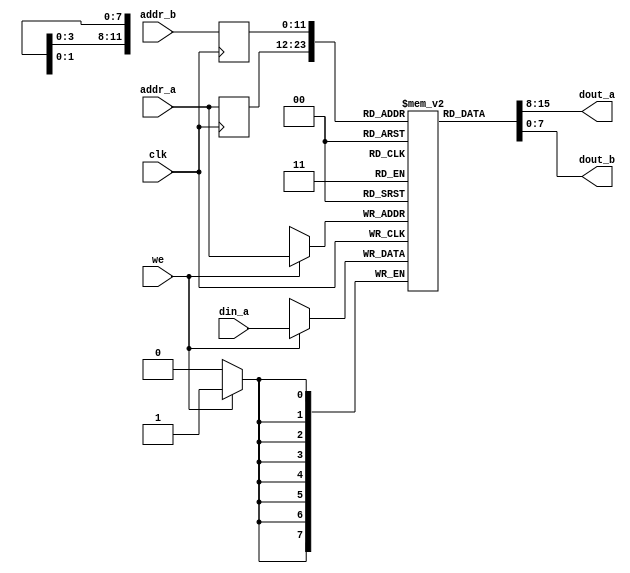
`timescale 1ns / 1ps

module bram
#(
    parameter ADDR_WIDTH = 12,
              DATA_WIDTH = 8,
              DATA_FILE = "missing"
)
(
    input wire clk,
    input wire we,
    input wire [ADDR_WIDTH-1:0] addr_a, addr_b,
    input wire [DATA_WIDTH-1:0] din_a,
    output wire [DATA_WIDTH-1:0] dout_a, dout_b
);

// signal declaration
reg [DATA_WIDTH-1:0] ram [2**ADDR_WIDTH-1:0];
reg [ADDR_WIDTH-1:0] addr_a_reg, addr_b_reg;

integer i;
initial
begin
    if (DATA_FILE == "missing")
        begin
            $display("### no DATA_FILE specified, set BRAM to 0");
            for (i = 0; i < 2**ADDR_WIDTH; i = i+1)
                ram[i] = 0;
        end
    else
        $readmemh(DATA_FILE, ram);
end

// body
always @(posedge clk)
begin
    if (we)  // write operation
        ram[addr_a] <= din_a;
    addr_a_reg <= addr_a;
    addr_b_reg <= addr_b;
end
// read operation
assign dout_a = ram[addr_a_reg];
assign dout_b = ram[addr_b_reg];
endmodule